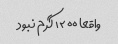
واقعا ۱۲۰۰ گرم نبود